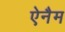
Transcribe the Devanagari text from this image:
ऐनैम